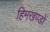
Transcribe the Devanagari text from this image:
हिमखण्डों